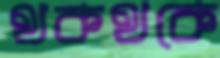
থকথকে